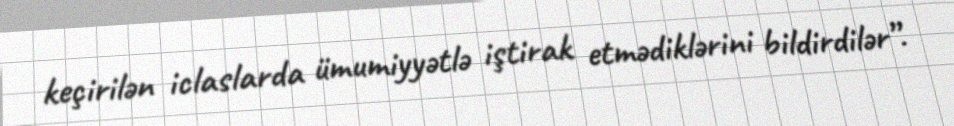
keçirilən iclaslarda ümumiyyətlə iştirak etmədiklərini bildirdilər”.